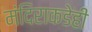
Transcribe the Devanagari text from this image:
मंदिराकडेही